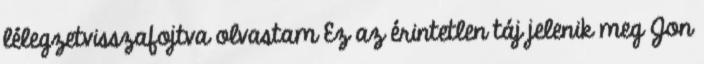
lélegzetvisszafojtva olvastam Ez az érintetlen táj jelenik meg Jon